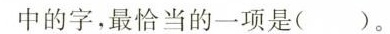
中的字，最恰当的一项是()。